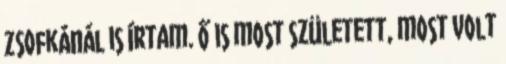
Zsofkánál is írtam. Ő is most született, most volt